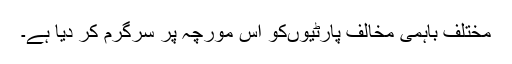
مختلف باہمی مخالف پارٹیوںکو اس مورچہ پر سرگرم کر دیا ہے۔